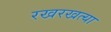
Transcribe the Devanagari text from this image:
रखरखत्या